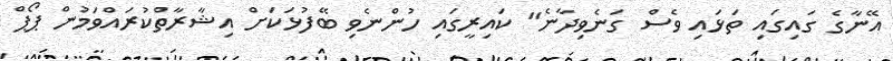
އޭނާގެ ގައިގައި ތަޅައި ވެސް ގަނެވިދާނެ" ކައިރީގައި ހުންނެވި ބޭފުޅަކަށް އިޝާރާތްކުރައްވަމުން ޕޯޕް